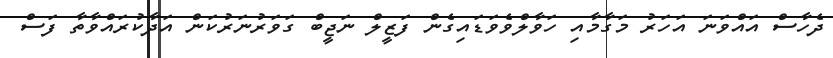
ދެހާސް އައްވަނަ އަހަރު މަގާމާއި ހަވާލްވެވަޑައިގެން ފަޒީލް ނަޖީބް ގަވަރުނަރުކަން އަދާކުރައްވާތާ ފަސް